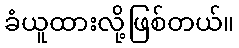
ခံယူထားလို့ဖြစ်တယ်။